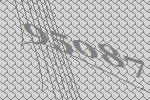
95087